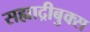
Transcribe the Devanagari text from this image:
सह्याद्रीबुक्स